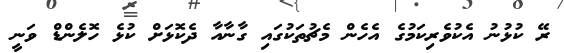
ރޭ ކުޅުނު އެކުވެރިކަމުގެ އެހެން މެޗުތަކުގައި ގާނާއާ ދެކޮޅަށް ކުޅެ ހޮލެންޑް ވަނީ